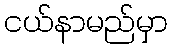
ငယ်နာမည်မှာ